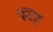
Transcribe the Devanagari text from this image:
स्विष्ट